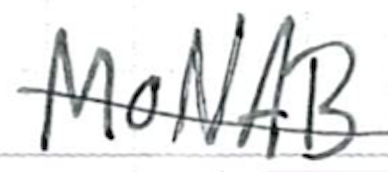
Text: MONAB
Cross-out: single-line
Writing tool: ballpoint